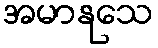
အမာနုသေ